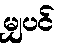
မျှပင်